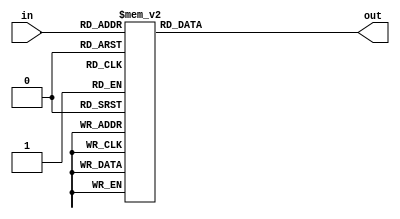
//This verilog code defines behavioral model for BCD to 7 segment display

module bcd_to_7segment_disp(output [6:0]out, input [3:0]in);

reg [6:0]y = 7'b1111110; 
assign out = y;

always@(in) 
begin
	case(in)
	4'd0:	y <= 7'b1111110;// 7Eh = 126d
	4'd1:	y <= 7'b0110000;// 30h = 48d
	4'd2:	y <= 7'b1101101;// 6Dh = 109d
	4'd3:	y <= 7'b1111001;// 79h = 121d
	4'd4:	y <= 7'b0110011;// 33h = 51d
	4'd5:	y <= 7'b1011011;// 5Bh = 91d
	4'd6:	y <= 7'b1011111;// 5Fh = 95d
	4'd7:	y <= 7'b1110000;// 70h = 112d
	4'd8:	y <= 7'b1111111;// 7Fh = 127d
	4'd9:	y <= 7'b1111011;// 7Bh = 123d
	default:y <= 7'b1111110;// 00h = 0d
	endcase
end
endmodule